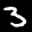
Label: 3